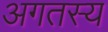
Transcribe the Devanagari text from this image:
अगतस्य